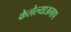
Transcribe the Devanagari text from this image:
केलेल्याअमाप